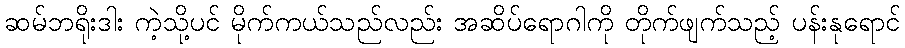
ဆမ်ဘရိုးဒါး ကဲ့သို့ပင် မိုက်ကယ်သည်လည်း အဆိပ်ရောဂါကို တိုက်ဖျက်သည့် ပန်းနုရောင်